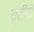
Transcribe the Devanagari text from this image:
युरीने